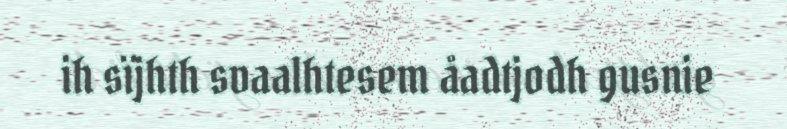
ih sïjhth svaalhtesem åadtjodh gusnie